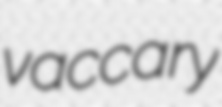
vaccary